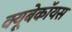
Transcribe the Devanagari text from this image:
क्यूबेकॉयस